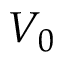
V _ { 0 }